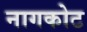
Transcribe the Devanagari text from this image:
नागकोट